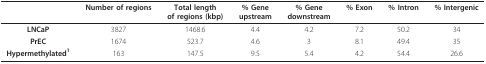
<table><thead><tr><td></td><td><b>Number of regions</b></td><td><b>Total lengthof regions (kbp)</b></td><td><b>% Geneupstream</b></td><td><b>% Genedownstream</b></td><td><b>% Exon</b></td><td><b>% Intron</b></td><td><b>% Intergenic</b></td></tr></thead><tbody><tr><td><b>LNCaP</b></td><td>3827</td><td>1468.6</td><td>4.4</td><td>4.2</td><td>7.2</td><td>50.2</td><td>34</td></tr><tr><td><b>PrEC</b></td><td>1674</td><td>523.7</td><td>4.6</td><td>3</td><td>8.1</td><td>49.4</td><td>35</td></tr><tr><td><b>Hypermethylated<sup>1</sup></b></td><td>163</td><td>147.5</td><td>9.5</td><td>5.4</td><td>4.2</td><td>54.4</td><td>26.6</td></tr></tbody></table>